65_HS1-834228961_62-HQ-83894_Section_2
Agency: FBI
Page 132
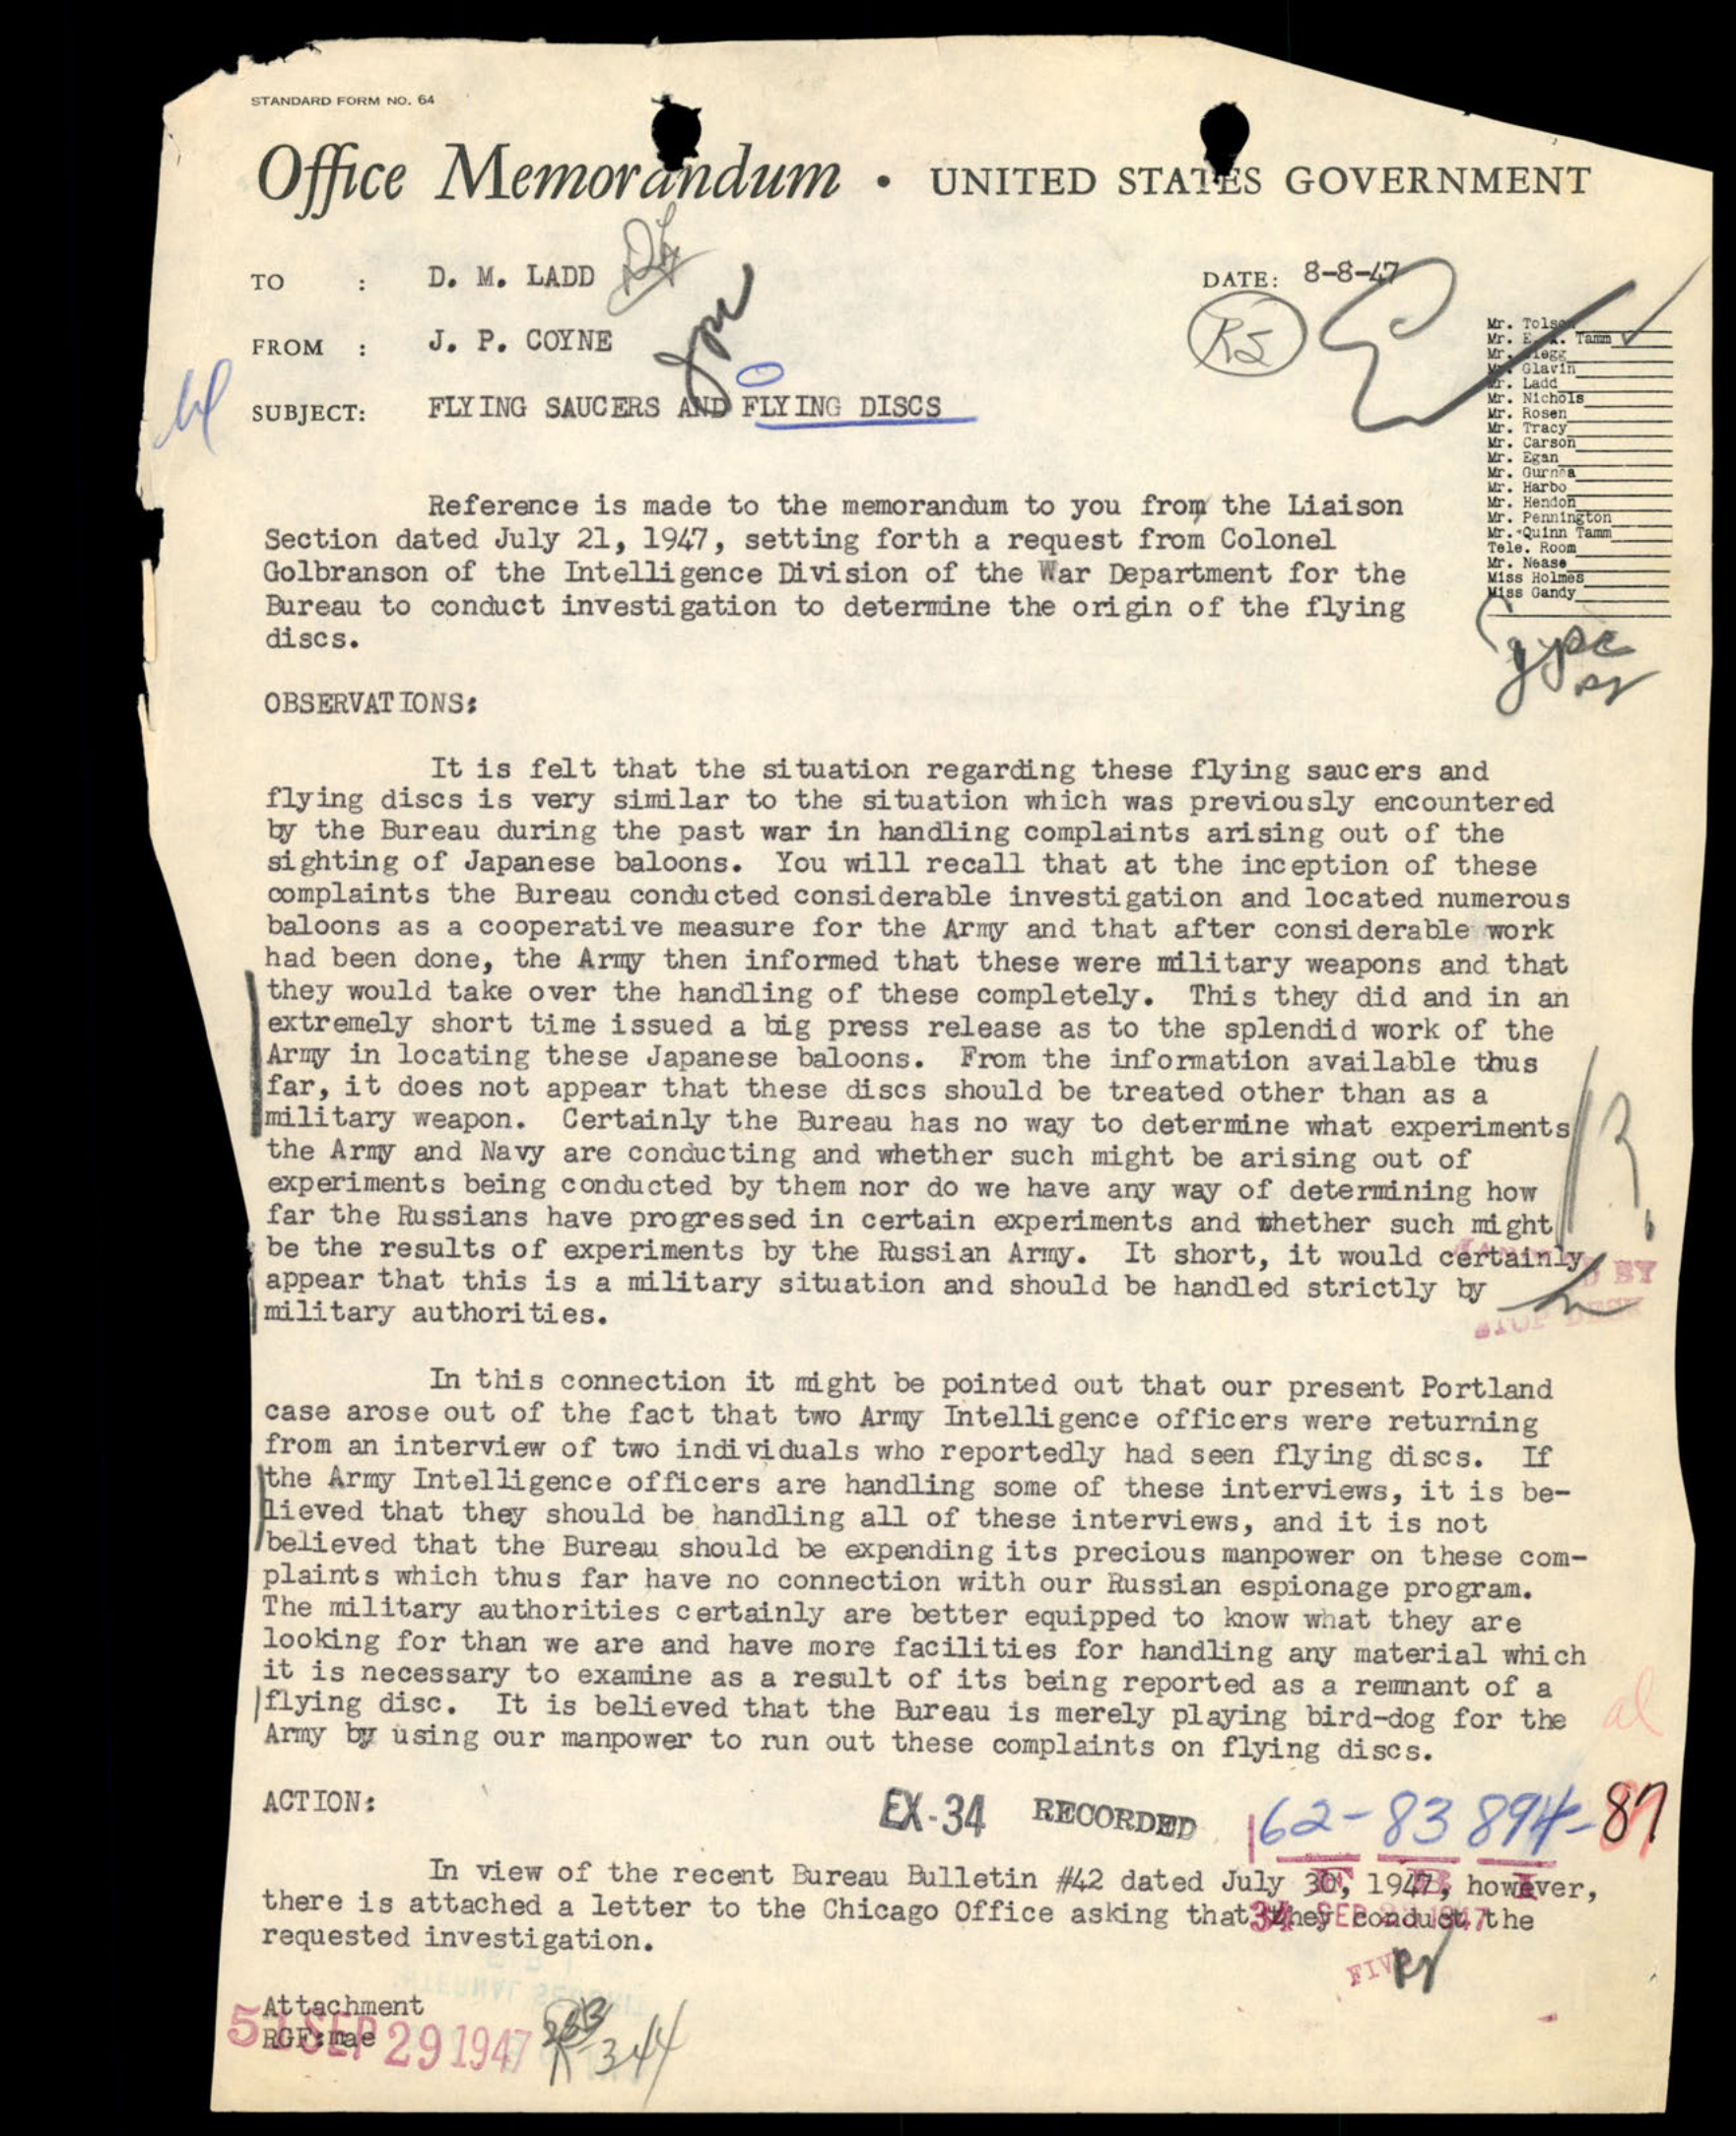